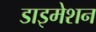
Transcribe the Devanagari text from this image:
डाइमेशन